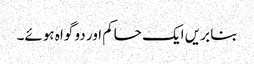
بنا بریں ایک حاکم اور دو گواہ ہوئے۔